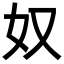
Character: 奴